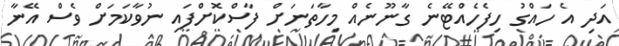
އަދި އެ ހައްގު ހިފެހެއްޓޭނެ ގާނޫނެއް މިހާތަނަށް ފާސްކޮށްފައި ނުވާކަމަށް ވެސް އޭނާ